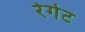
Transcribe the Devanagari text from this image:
रेगेट